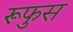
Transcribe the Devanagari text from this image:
रूफुस